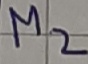
Text: M2